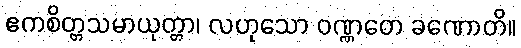
ဧကစိတ္တသမာယုတ္တာ၊ လဟုသော ဝဏ္ဏတေ ခဏောတိ။